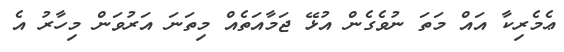
ޢެމެރިކާ އައް މަތަ ނުވެގެން އުޅޭ ޖަމާއަތެއް މިތަނަ އަރުވަން މިހާރު އެ